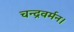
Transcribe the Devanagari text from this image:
चन्द्रवर्मन।